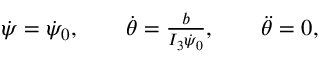
\begin{array} { r } { \dot { \psi } = \dot { \psi } _ { 0 } , \qquad \dot { \theta } = \frac { b } { I _ { 3 } \dot { \psi } _ { 0 } } , \qquad \ddot { \theta } = 0 , } \end{array}